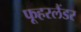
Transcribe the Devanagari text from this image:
फूहरलैंडर